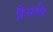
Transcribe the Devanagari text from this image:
प्रैसलि